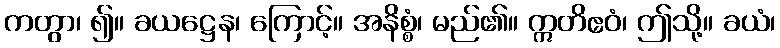
ကတွာ၊ ၍။ ခယဋ္ဌေန၊ ကြောင့်။ အနိစ္စံ၊ မည်၏။ ဣတိဧဝံ၊ ဤသို့။ ခယံ၊